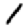
Digit: 1